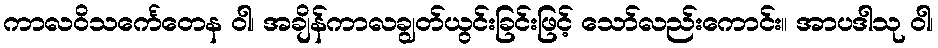
ကာလဝိသင်္ကေတေန ဝါ၊ အချိန်ကာလချွတ်ယွင်းခြင်းဖြင့် သော်လည်းကောင်း။ အာပဒါသု ဝါ၊